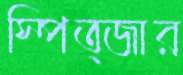
স্পিত্জার